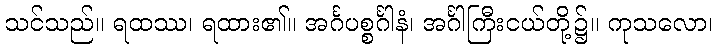
သင်သည်။ ရထဿ၊ ရထား၏။ အင်္ဂပစ္စင်္ဂါနံ၊ အင်္ဂါကြီးငယ်တို့၌။ ကုသလော၊